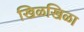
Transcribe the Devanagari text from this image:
खिळखिळा